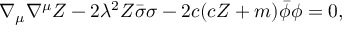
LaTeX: \nabla _ { \mu } \nabla ^ { \mu } Z - 2 \lambda ^ { 2 } Z \bar { \sigma } \sigma - 2 c ( c Z + m ) \bar { \phi } \phi = 0 ,